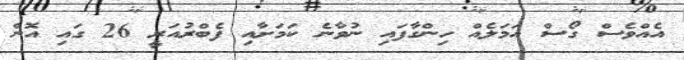
އެއްވެސް ގޯސް އަމަލެއް ހިންގާފައި ނުވާނެ ކަމަށާއި ފެބްރުއަރީ 26 ގައި އޮން